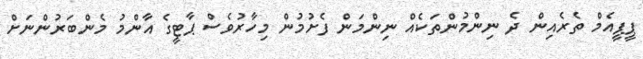
ޕީޕީއެމް ތެރެއިން ދެ ނިންމުންތަކެއް ނިންމަން ފެށުމުން މިހާރުވެސް ޕާޓީގެ އާންމު މެންބަރުންނަށް